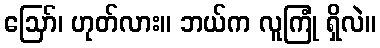
ဪ၊ ဟုတ်လား။ ဘယ်က လူကြုံ ရှိလဲ။